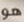
هو